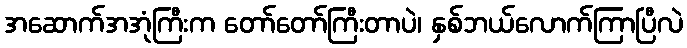
အဆောက်အအုံကြီးက တော်တော်ကြီးတာပဲ၊ နှစ်ဘယ်လောက်ကြာပြီလဲ